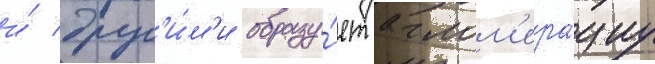
и́ друг'и́м'и образу́ет аглом'ера́циу